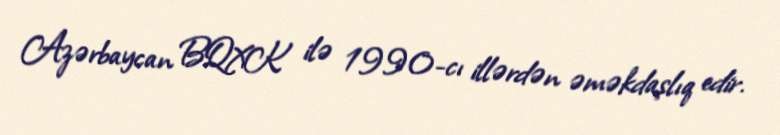
Azərbaycan BQXK ilə 1990-cı illərdən əməkdaşlıq edir.